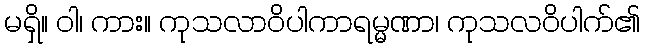
မရှိ။ ဝါ၊ ကား။ ကုသလာဝိပါကာရမ္မဏာ၊ ကုသလဝိပါက်၏